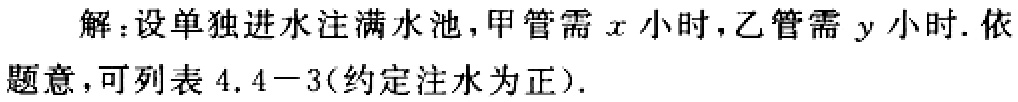
解：设单独进水注满水池，甲管需\(x\)小时，乙管需\(y\)小时. 依题意，可列表 \(4.4 - 3\)（约定注水为正）.